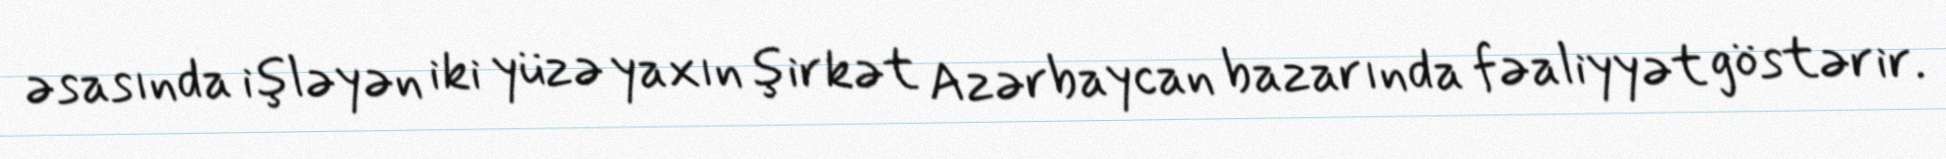
əsasında işləyən iki yüzə yaxın şirkət Azərbaycan bazarında fəaliyyət göstərir.